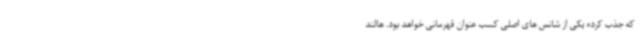
که جذب کرده یکی از شانس های اصلی کسب عنوان قهرمانی خواهد بود. هالند